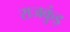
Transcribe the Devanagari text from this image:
राजकुंड़